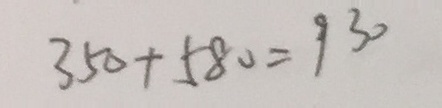
3 5 0 + 5 8 0 = 9 3 0